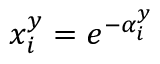
x _ { i } ^ { y } = e ^ { - \alpha _ { i } ^ { y } }